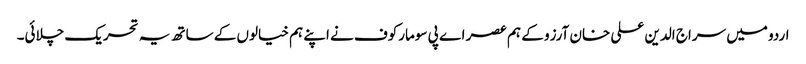
اردو میں سراج الدین علی خان آرزو کے ہم عصر اے پی سومارکوف نے اپنے ہم خیالوں کے ساتھ یہ تحریک چلائی۔